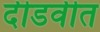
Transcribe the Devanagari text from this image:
दीडवीत